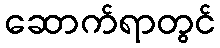
ဆောက်ရာတွင်